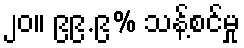
၂၀။ ၉၉.၉% သန့်စင်မှု